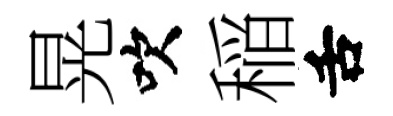
晃吹稲舌